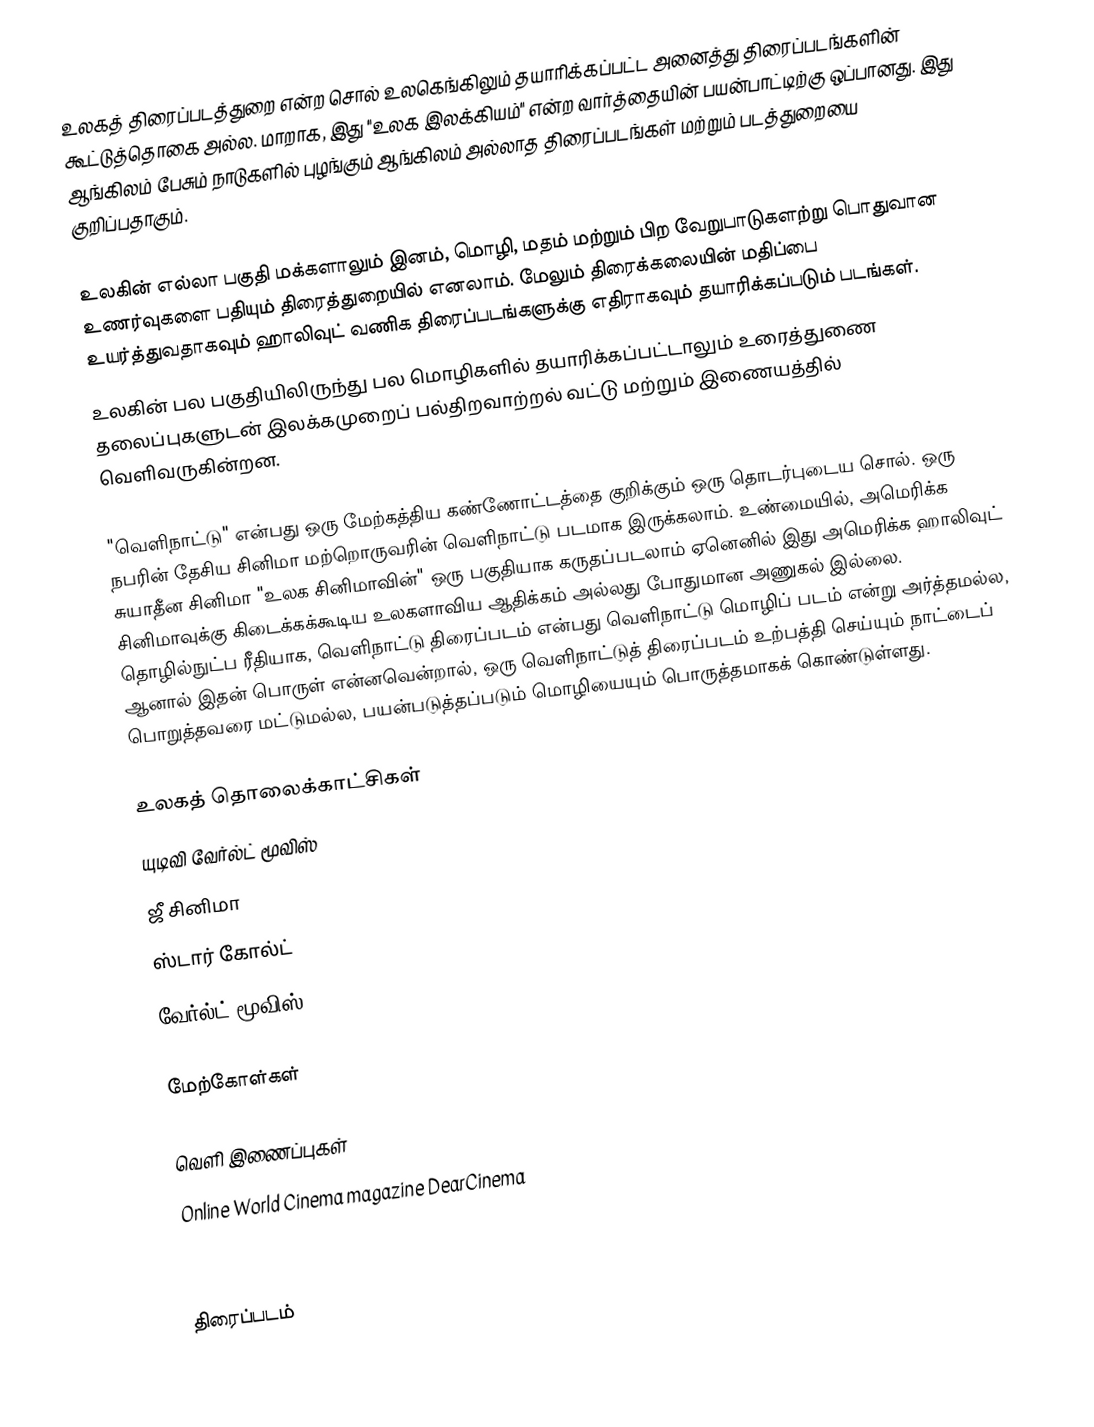
உலகத் திரைப்படத்துறை என்ற சொல் உலகெங்கிலும் தயாரிக்கப்பட்ட அனைத்து திரைப்படங்களின் கூட்டுத்தொகை அல்ல. மாறாக, இது "உலக இலக்கியம்" என்ற வார்த்தையின் பயன்பாட்டிற்கு ஒப்பானது. இது ஆங்கிலம் பேசும் நாடுகளில் புழங்கும் ஆங்கிலம் அல்லாத திரைப்படங்கள் மற்றும் படத்துறையை குறிப்பதாகும்.

உலகின் எல்லா பகுதி மக்களாலும் இனம், மொழி, மதம் மற்றும் பிற வேறுபாடுகளற்று பொதுவான உணர்வுகளை பதியும் திரைத்துறையில் எனலாம். மேலும் திரைக்கலையின் மதிப்பை உயர்த்துவதாகவும் ஹாலிவுட் வணிக திரைப்படங்களுக்கு எதிராகவும் தயாரிக்கப்படும் படங்கள்.
உலகின் பல பகுதியிலிருந்து பல மொழிகளில் தயாரிக்கப்பட்டாலும் உரைத்துணை தலைப்புகளுடன் இலக்கமுறைப் பல்திறவாற்றல் வட்டு மற்றும் இணையத்தில் வெளிவருகின்றன.

"வெளிநாட்டு" என்பது ஒரு மேற்கத்திய கண்ணோட்டத்தை குறிக்கும் ஒரு தொடர்புடைய சொல். ஒரு நபரின் தேசிய சினிமா மற்றொருவரின் வெளிநாட்டு படமாக இருக்கலாம். உண்மையில், அமெரிக்க சுயாதீன சினிமா "உலக சினிமாவின்" ஒரு பகுதியாக கருதப்படலாம் ஏனெனில் இது அமெரிக்க ஹாலிவுட் சினிமாவுக்கு கிடைக்கக்கூடிய உலகளாவிய ஆதிக்கம் அல்லது போதுமான அணுகல் இல்லை. தொழில்நுட்ப ரீதியாக, வெளிநாட்டு திரைப்படம் என்பது வெளிநாட்டு மொழிப் படம் என்று அர்த்தமல்ல, ஆனால் இதன் பொருள் என்னவென்றால், ஒரு வெளிநாட்டுத் திரைப்படம் உற்பத்தி செய்யும் நாட்டைப் பொறுத்தவரை மட்டுமல்ல, பயன்படுத்தப்படும் மொழியையும் பொருத்தமாகக் கொண்டுள்ளது.

உலகத் தொலைக்காட்சிகள்
 யுடிவி வேர்ல்ட் மூவிஸ்
 ஜீ சினிமா
 ஸ்டார் கோல்ட்
 வேர்ல்ட் மூவிஸ்

மேற்கோள்கள்

வெளி இணைப்புகள்
 Online World Cinema magazine DearCinema

திரைப்படம்